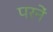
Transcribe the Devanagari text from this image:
परनें